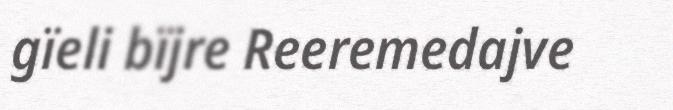
gïeli bïjre Reeremedajve